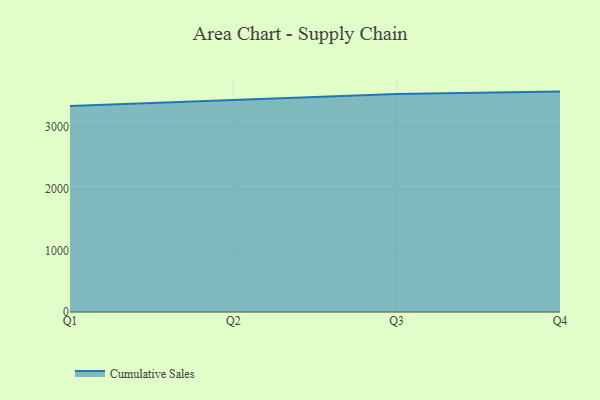
{"axis": {"x": "Quarter", "y": "Waste Production (Tons)"}, "legend": ["Cumulative Sales"], "data": [{"x": "Q1", "y": 3346.4, "type": "Cumulative Sales"}, {"x": "Q2", "y": 3442.0, "type": "Cumulative Sales"}, {"x": "Q3", "y": 3539.3, "type": "Cumulative Sales"}, {"x": "Q4", "y": 3579.5, "type": "Cumulative Sales"}]}